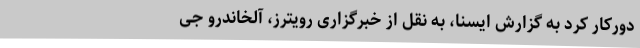
دورکار کرد به گزارش ایسنا، به نقل از خبرگزاری رویترز، آلخاندرو جی